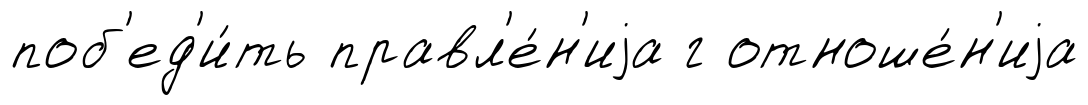
поб'ед'и́ть правл'е́н'иjа г отноше́н'иjа